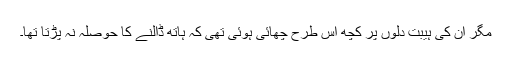
مگر ان کی ہیبت دلوں پر کچھ اس طرح چھائی ہوئی تھی کہ ہاتھ ڈالنے کا حوصلہ نہ پڑتا تھا۔